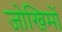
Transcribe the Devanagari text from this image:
जोखिमों